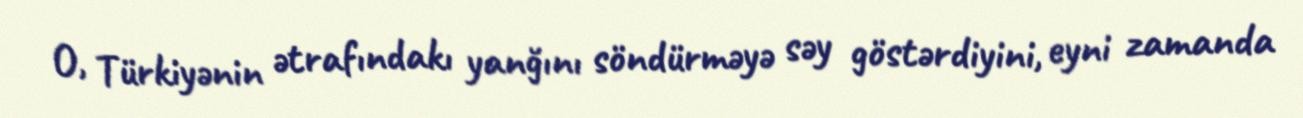
O, Türkiyənin ətrafındakı yanğını söndürməyə səy göstərdiyini, eyni zamanda